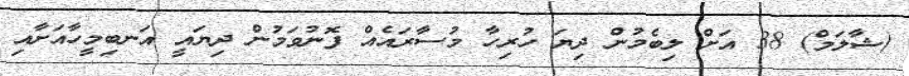
(ޝާލަމް) 38 އަށް ލިބެމުން ދިޔަ ހުރިހާ މުސާރައެއް ފޮނުވަމުން ދިޔައީ އަނބިމީހާއަށާއި